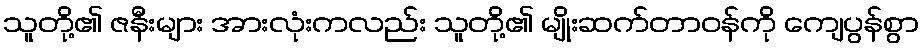
သူတို့၏ ဇနီးများ အားလုံးကလည်း သူတို့၏ မျိုးဆက်တာဝန်ကို ကျေပွန်စွာ